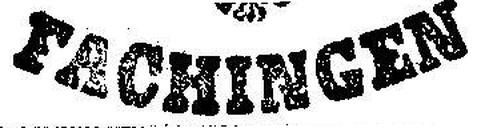
Fachingen